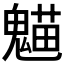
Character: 𩳸